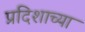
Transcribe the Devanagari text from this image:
प्रदिशाच्या